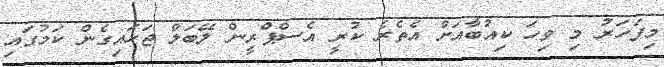
މިފަހަރު މި ވިހަ ކިއުބާއަށް އެތެރެ ކުރީ އެސްޕްރީން ލޭބަލް ޖަހައިގެން ކަމުގައި